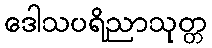
ဒေါသပရိညာသုတ္တ